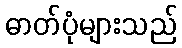
ဓာတ်ပုံများသည်